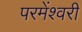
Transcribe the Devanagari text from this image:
परमेंश्वरी